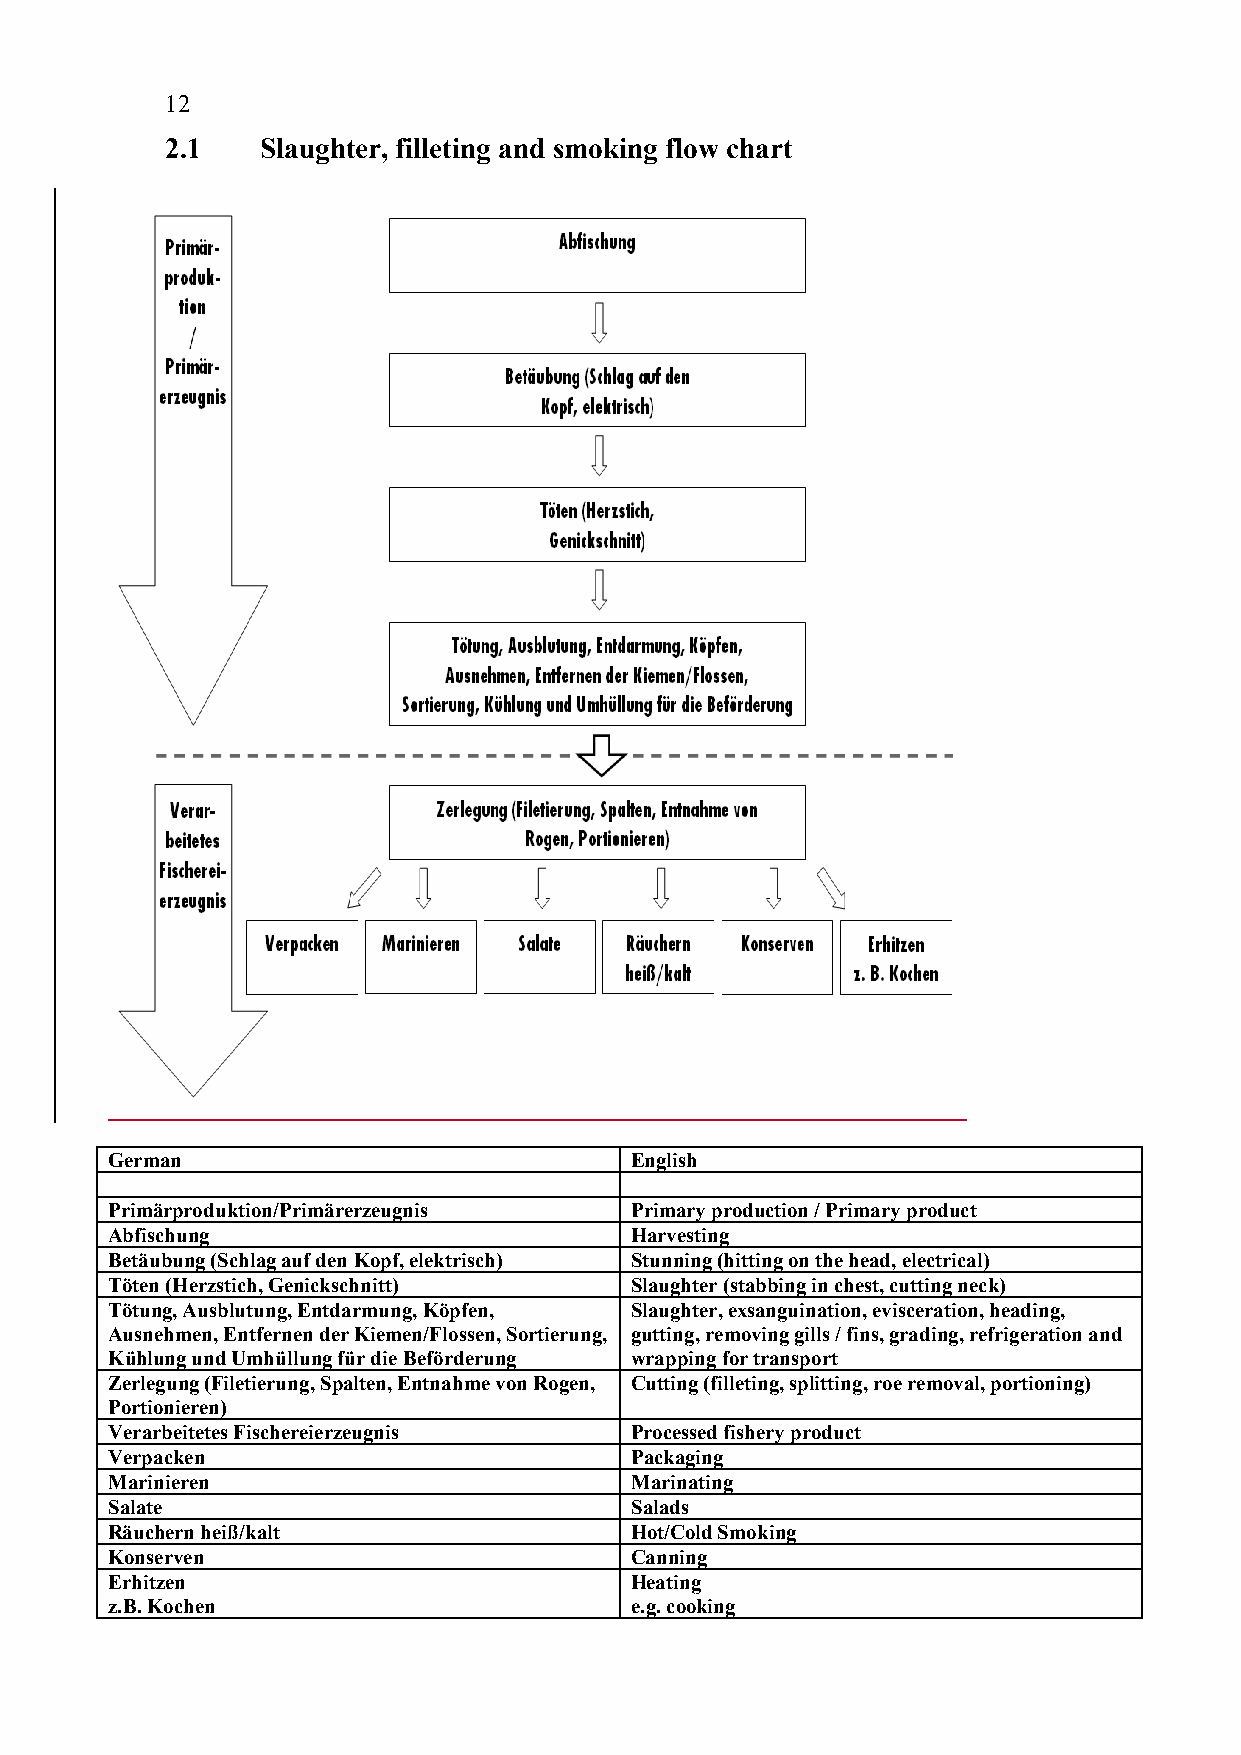
12
 2.1   Slaughter, filleting and smoking flow chart
 German                             English
 Primärproduktion/Primärerzeugnis   Primary production / Primary product
 Abfischung                         Harvesting
 Betäubung (Schlag auf den Kopf, elektrisch) Stunning (hitting on the head, electrical)
 Töten (Herzstich, Genickschnitt)   Slaughter (stabbing in chest, cutting neck)
 Tötung, Ausblutung, Entdarmung, Köpfen, Slaughter, exsanguination, evisceration, heading,
 Ausnehmen, Entfernen der Kiemen/Flossen, Sortierung, gutting, removing gills / fins, grading, refrigeration and
 Kühlung und Umhüllung für die Beförderung wrapping for transport
 Zerlegung (Filetierung, Spalten, Entnahme von Rogen, Cutting (filleting, splitting, roe removal, portioning)
 Portionieren)
 Verarbeitetes Fischereierzeugnis   Processed fishery product
 Verpacken                          Packaging
 Marinieren                         Marinating
 Salate                             Salads
 Räuchern heiß/kalt                 Hot/Cold Smoking
 Konserven                          Canning
 Erhitzen                           Heating
 z.B. Kochen                        e.g. cooking